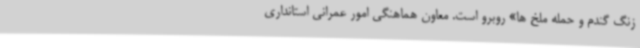
زنگ گندم و حمله ملخ ها» روبرو است. معاون هماهنگی امور عمرانی استانداری